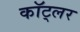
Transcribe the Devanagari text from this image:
कॉट्लर